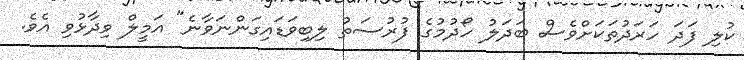
ކުލި ފަދަ ހަރަދުތަކަށްވެސް ބަދަލު ހޯދުމުގެ ފުރުސަތު ލިބިވަޑައިގަންނަވާނެ" އަމީލް ވިދާޅުވި އެވެ.